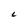
Character: L